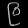
Digit: ၉